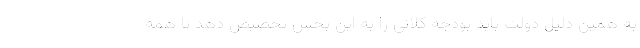
به همین دلیل دولت باید بودجه کلانی را به این بخش تخصیص دهد تا همه